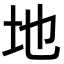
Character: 地